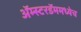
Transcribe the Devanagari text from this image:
अॅम्स्टरडॅममध्येच